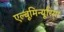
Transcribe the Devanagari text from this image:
एल्बूमिन्यूरिया